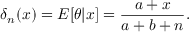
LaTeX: \delta _ { n } ( x ) = E [ \theta | x ] = { \frac { a + x } { a + b + n } } .